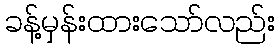
ခန့်မှန်းထားသော်လည်း